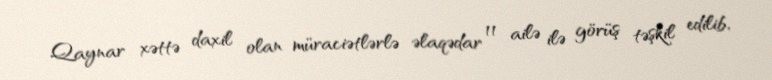
Qaynar xəttə daxil olan müraciətlərlə əlaqədar 11 ailə ilə görüş təşkil edilib,